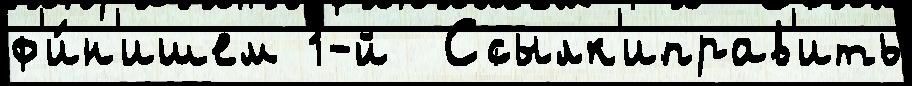
ф'и́н'ишем 1-й  Ссылк'иправ'ить